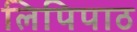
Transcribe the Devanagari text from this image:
लिपिपाठ